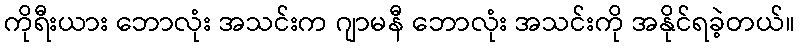
ကိုရီးယား ဘောလုံး အသင်းက ဂျာမနီ ဘောလုံး အသင်းကို အနိုင်ရခဲ့တယ်။